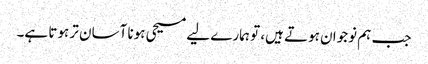
جب ہم نوجوان ہوتے ہیں، تو ہمارے لیے مسیحی ہونا آسان تر ہوتا ہے۔